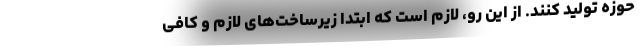
حوزه تولید کنند. از این رو، لازم است که ابتدا زیرساخت‌های لازم و کافی